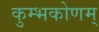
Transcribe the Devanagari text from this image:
कुम्भकोणम्